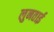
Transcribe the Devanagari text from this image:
लुनताई